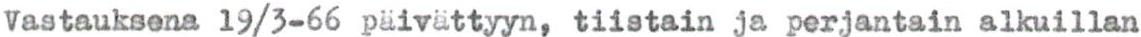
Vastauksena 19/3-66 päivättyyn, tiistain ja perjantain alkuillan